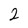
Character: 2